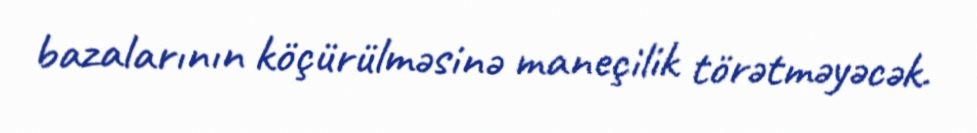
bazalarının köçürülməsinə maneçilik törətməyəcək.